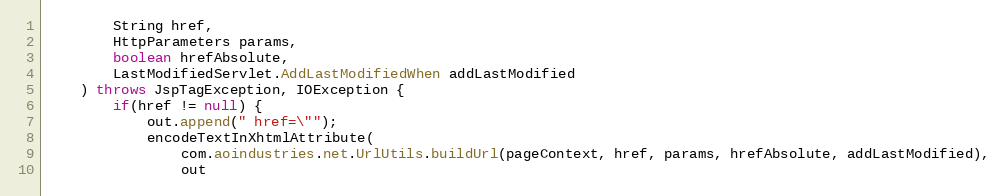
Language: Java
		String href,
		HttpParameters params,
		boolean hrefAbsolute,
		LastModifiedServlet.AddLastModifiedWhen addLastModified
	) throws JspTagException, IOException {
		if(href != null) {
			out.append(" href=\"");
			encodeTextInXhtmlAttribute(
				com.aoindustries.net.UrlUtils.buildUrl(pageContext, href, params, hrefAbsolute, addLastModified),
				out